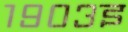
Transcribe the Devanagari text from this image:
१९०३इ